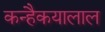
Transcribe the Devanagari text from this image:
कन्हैकयालाल